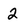
Character: 2